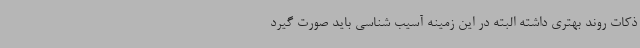
ذکات روند بهتری داشته البته در این زمینه آسیب شناسی باید صورت گیرد